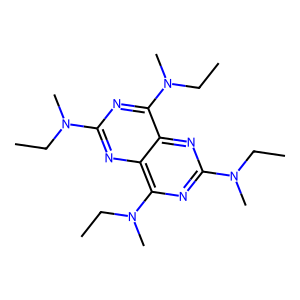
SMILES: CCN(C)c1nc(N(C)CC)c2nc(N(C)CC)nc(N(C)CC)c2n1
Inhibits HIV replication: No